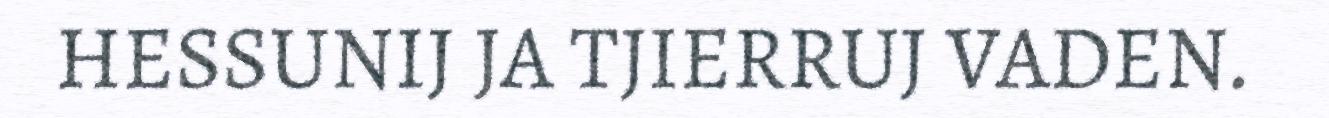
HESSUNIJ JA TJIERRUJ VADEN.